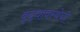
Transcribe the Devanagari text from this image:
वृद्धावस्थेची